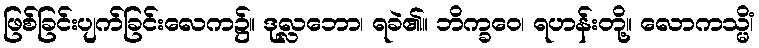
ဖြစ်ခြင်းပျက်ခြင်းလေက၌။ ဒုလ္လဘော၊ ရခဲ၏။ ဘိက္ခဝေ၊ ရဟန်းတို့။ လောကသ္မိံ၊